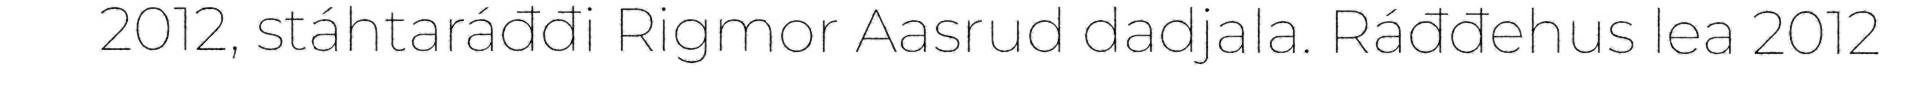
2012, stáhtaráđđi Rigmor Aasrud dadjala. Ráđđehus lea 2012